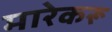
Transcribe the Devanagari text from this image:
मारेकरू